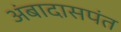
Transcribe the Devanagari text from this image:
अंबादासपंत